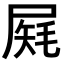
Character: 𡲔